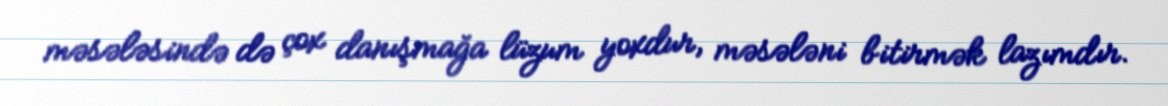
məsələsində də çox danışmağa lüzum yoxdur, məsələni bitirmək lazımdır.